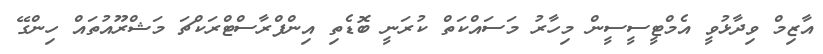
އާޒިމް ވިދާޅުވީ އެމްޓީސީސީން މިހާރު މަސައްކަތް ކުރަނީ ބޮޑެތި އިންފްރާސްޓްރަކްޗަ މަޝްރޫއުތައް ހިންގޭ